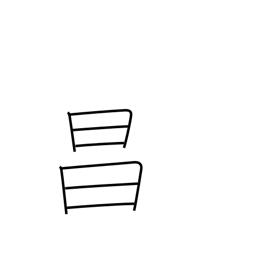
Meaning: bright